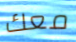
معك